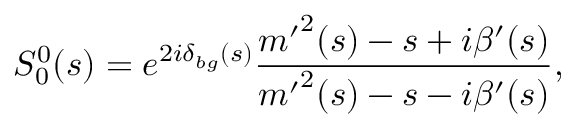
S _ { 0 } ^ { 0 } ( s ) = e ^ { 2 i \delta _ { b g } ( s ) } \frac { { m ^ { \prime } } ^ { 2 } ( s ) - s + i \beta ^ { \prime } ( s ) } { { m ^ { \prime } } ^ { 2 } ( s ) - s - i \beta ^ { \prime } ( s ) } ,